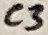
Text: C3